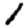
Digit: 1